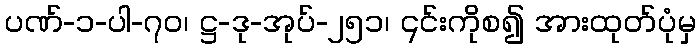
ပဏ်-၁-ပါ-၇၀၊ ဋ္ဌ-ဒု-အုပ်-၂၅၁၊ ၎င်းကိုစ၍ အားထုတ်ပုံမှ